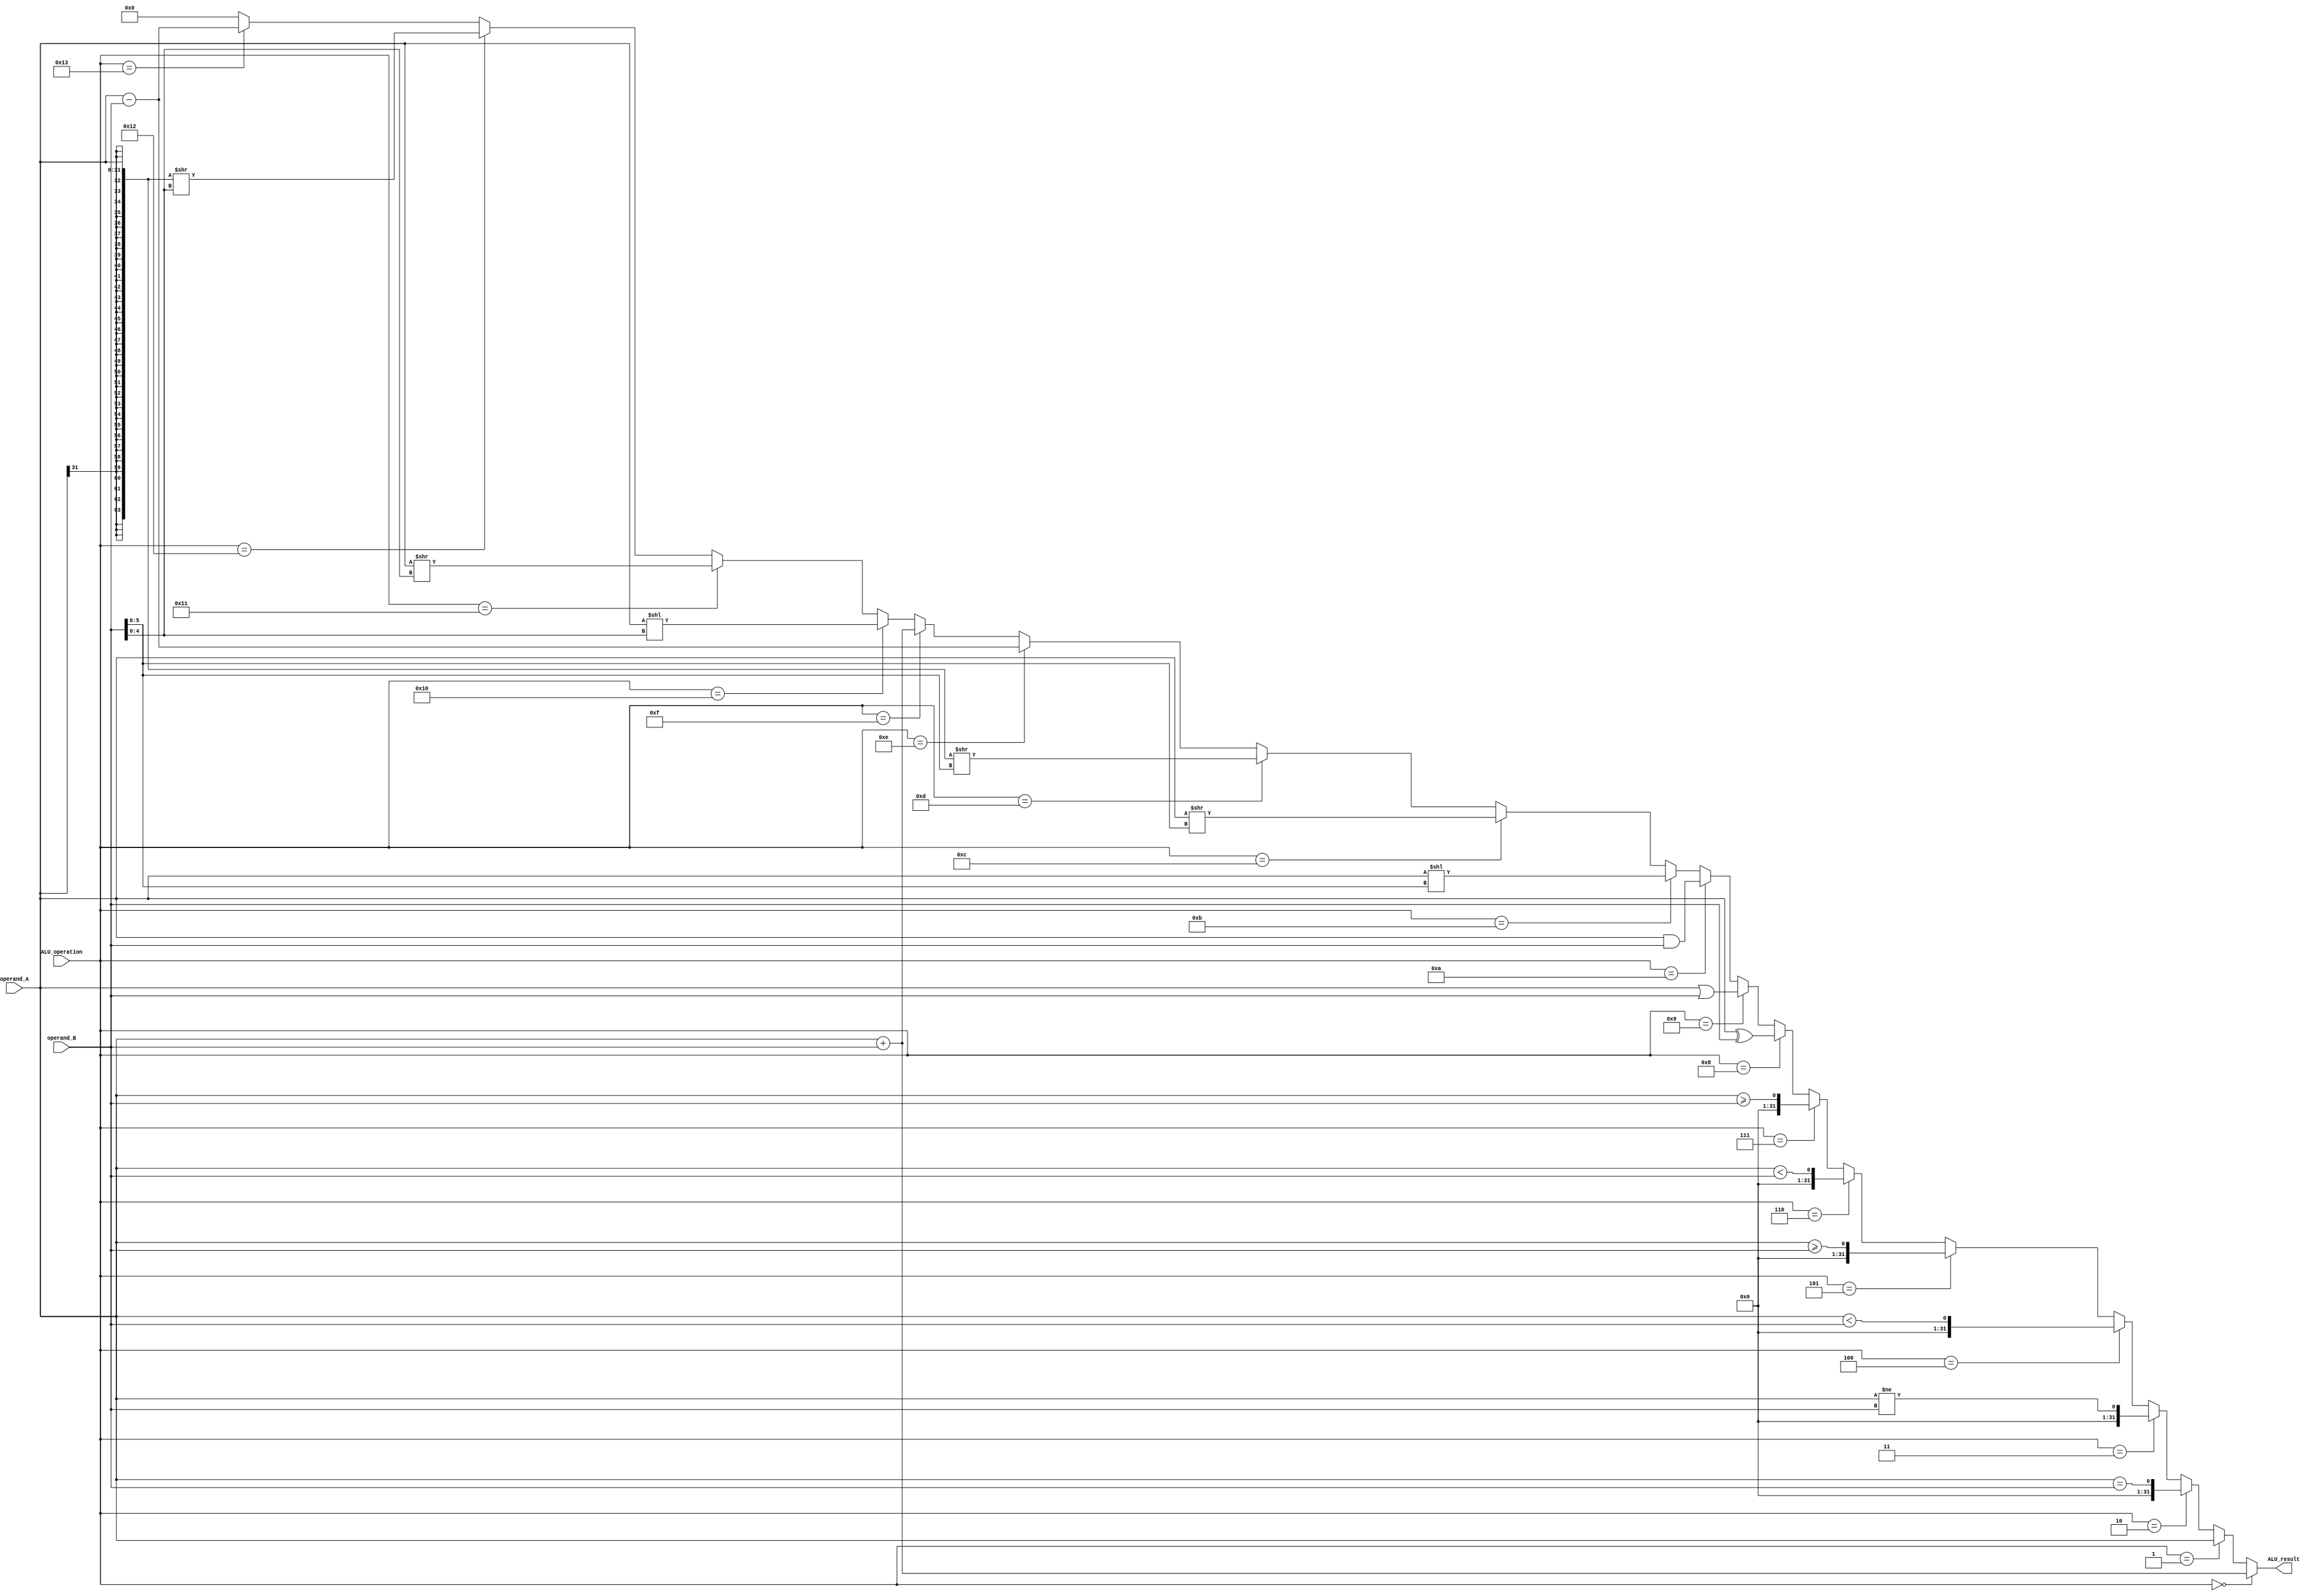
/** @module : ALU
 *  @author : Secure, Trusted, and Assured Microelectronics (STAM) Center

 *  Copyright (c) 2022 Trireme (STAM/SCAI/ASU)
 *  Permission is hereby granted, free of charge, to any person obtaining a copy
 *  of this software and associated documentation files (the "Software"), to deal
 *  in the Software without restriction, including without limitation the rights
 *  to use, copy, modify, merge, publish, distribute, sublicense, and/or sell
 *  copies of the Software, and to permit persons to whom the Software is
 *  furnished to do so, subject to the following conditions:
 *  The above copyright notice and this permission notice shall be included in
 *  all copies or substantial portions of the Software.

 *  THE SOFTWARE IS PROVIDED "AS IS", WITHOUT WARRANTY OF ANY KIND, EXPRESS OR
 *  IMPLIED, INCLUDING BUT NOT LIMITED TO THE WARRANTIES OF MERCHANTABILITY,
 *  FITNESS FOR A PARTICULAR PURPOSE AND NONINFRINGEMENT. IN NO EVENT SHALL THE
 *  AUTHORS OR COPYRIGHT HOLDERS BE LIABLE FOR ANY CLAIM, DAMAGES OR OTHER
 *  LIABILITY, WHETHER IN AN ACTION OF CONTRACT, TORT OR OTHERWISE, ARISING FROM,
 *  OUT OF OR IN CONNECTION WITH THE SOFTWARE OR THE USE OR OTHER DEALINGS IN
 *  THE SOFTWARE.
 */

module ALU #(
  parameter DATA_WIDTH = 32
) (
  input [5:0] ALU_operation,
  input [DATA_WIDTH-1:0] operand_A,
  input [DATA_WIDTH-1:0] operand_B,
  output [DATA_WIDTH-1:0] ALU_result
);

//define the log2 function
function integer log2;
input integer value;
begin
  value = value-1;
  for (log2=0; value>0; log2=log2+1)
    value = value >> 1;
end
endfunction

localparam LOG2_DATA_WIDTH = log2(DATA_WIDTH);

wire [LOG2_DATA_WIDTH:0] shamt;

wire signed [DATA_WIDTH-1:0] signed_operand_A;
wire signed [DATA_WIDTH-1:0] signed_operand_B;

// wires for signed operations
wire [(DATA_WIDTH*2)-1:0] arithmetic_right_shift_double;
wire [DATA_WIDTH-1:0] arithmetic_right_shift;
wire signed [DATA_WIDTH-1:0] signed_less_than;
wire signed [DATA_WIDTH-1:0] signed_greater_than_equal;

// wires for word operations in RV64
wire [31:0] word_operand_A;
wire [31:0] word_operand_B;
wire [31:0] word_sum;
wire [DATA_WIDTH-1:0] word_add;
wire [31:0] word_left_shift;
wire [31:0] word_right_shift;
wire [63:0] word_arithmetic_shift_double;
wire [31:0] word_arithmetic_shift;
wire [DATA_WIDTH-1:0] word_left_shift_SE;
wire [DATA_WIDTH-1:0] word_right_shift_SE;
wire [DATA_WIDTH-1:0] word_arithmetic_shift_SE;
wire [31:0] word_diff;
wire [DATA_WIDTH-1:0] word_sub;

assign shamt = operand_B [LOG2_DATA_WIDTH:0]; // I_immediate[5:0];

assign signed_operand_A = operand_A;
assign signed_operand_B = operand_B;

// Signed Operations
assign arithmetic_right_shift_double = ({ {DATA_WIDTH{operand_A[DATA_WIDTH-1]}}, operand_A }) >> shamt;
assign arithmetic_right_shift = arithmetic_right_shift_double[DATA_WIDTH-1:0];
assign signed_less_than = signed_operand_A < signed_operand_B;
assign signed_greater_than_equal = signed_operand_A >= signed_operand_B;

// Word Operations (for RV64)
assign word_operand_A = operand_A[31:0];
assign word_operand_B = operand_B[31:0];

// ADDW,ADDIW
assign word_sum = word_operand_A + word_operand_B;
assign word_add = {{DATA_WIDTH-32{word_sum[31]}}, word_sum};

// Word Shifts
assign word_left_shift = word_operand_A << shamt[4:0];
assign word_right_shift = word_operand_A >> shamt[4:0];
assign word_arithmetic_shift_double = ({ {32{word_operand_A[31]}}, word_operand_A}) >> shamt[4:0];
assign word_arithmetic_shift = word_arithmetic_shift_double[31:0];
// Sign Extend Word Shifts
assign word_left_shift_SE       = { {DATA_WIDTH-32{word_left_shift[31]}}, word_left_shift};
assign word_right_shift_SE      = { {DATA_WIDTH-32{word_right_shift[31]}}, word_right_shift};
assign word_arithmetic_shift_SE = { {DATA_WIDTH-32{word_arithmetic_shift[31]}}, word_arithmetic_shift};

// SUBW,SUBIW
assign word_diff = word_operand_A - word_operand_B;
assign word_sub = {{DATA_WIDTH-32{word_diff[31]}}, word_diff};


assign ALU_result =
  (ALU_operation == 6'd0 )? operand_A + operand_B:     /* ADD, ADDI, LB, LH, LW,
                                                          LBU, LHU, SB, SH, SW,
                                                          AUIPC, LUI */
  (ALU_operation == 6'd1 )? operand_A:                 /* JAL, JALR */
  (ALU_operation == 6'd2 )? operand_A == operand_B:    /* BEQ */
  (ALU_operation == 6'd3 )? operand_A != operand_B:    /* BNE */
  (ALU_operation == 6'd4 )? signed_less_than:          /* BLT, SLTI, SLT */
  (ALU_operation == 6'd5 )? signed_greater_than_equal: /* BGE */
  (ALU_operation == 6'd6 )? operand_A < operand_B:     /* BLTU, SLTIU, SLTU*/
  (ALU_operation == 6'd7 )? operand_A >= operand_B:    /* BGEU */
  (ALU_operation == 6'd8 )? operand_A ^ operand_B:     /* XOR, XORI*/
  (ALU_operation == 6'd9 )? operand_A | operand_B:     /* OR, ORI */
  (ALU_operation == 6'd10)? operand_A & operand_B:     /* AND, ANDI */
  (ALU_operation == 6'd11)? operand_A << shamt:        /* SLL, SLLI */
  (ALU_operation == 6'd12)? operand_A >> shamt:        /* SRL, SRLI */
  (ALU_operation == 6'd13)? arithmetic_right_shift:    /* SRA, SRAI */
  (ALU_operation == 6'd14)? operand_A - operand_B:     /* SUB */
  (ALU_operation == 6'd15)? word_add:                  /* ADDW, ADDIW*/
  (ALU_operation == 6'd16)? word_left_shift_SE:        /* SLLW, SLLIW */
  (ALU_operation == 6'd17)? word_right_shift_SE:       /* SRLW, SRLIW */
  (ALU_operation == 6'd18)? word_arithmetic_shift_SE:  /* SRAW, SRAIW */
  (ALU_operation == 6'd19)? word_sub:                  /* SUBW, SUBIW*/
  {DATA_WIDTH{1'b0}};

endmodule